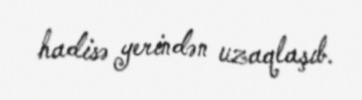
hadisə yerindən uzaqlaşıb.